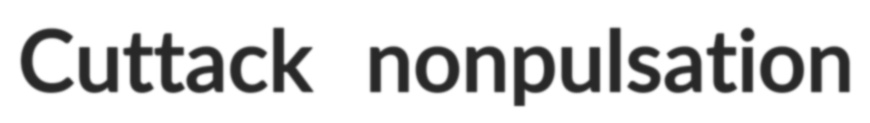
Cuttack nonpulsation